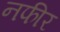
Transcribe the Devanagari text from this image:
नफीर